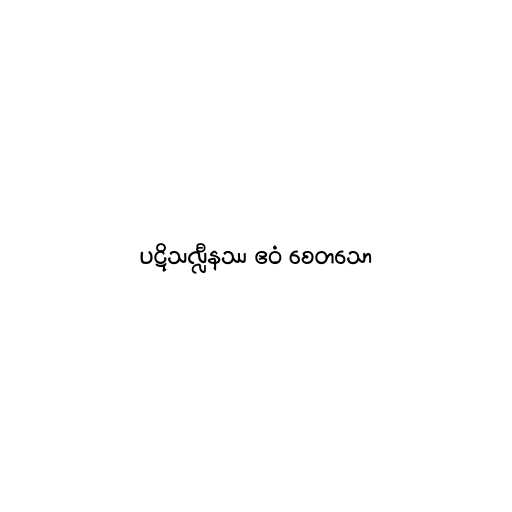
ပဋိသလ္လီနဿ ဧဝံ စေတသော